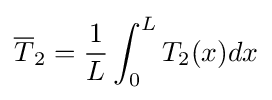
{\overline {T}}_{2}={\frac {1}{L}}\int _{0}^{L}T_{2}(x)dx